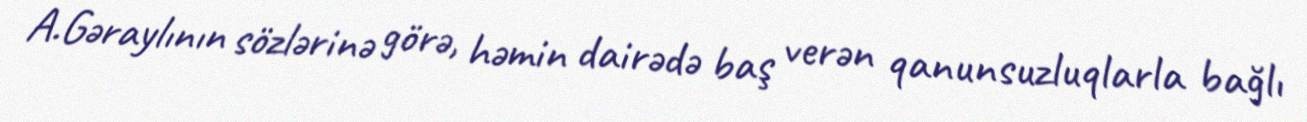
A.Gəraylının sözlərinə görə, həmin dairədə baş verən qanunsuzluqlarla bağlı